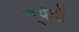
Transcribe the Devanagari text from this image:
व्ययॉ